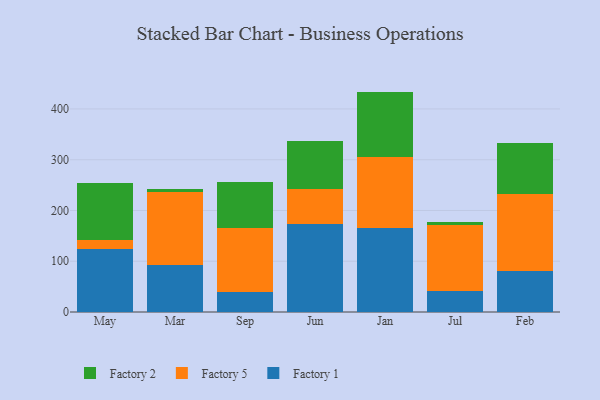
{"axis": {"x": "Month", "y": "Headcount"}, "legend": ["Factory 1", "Factory 2", "Factory 5"], "data": [{"x": "May", "y": 124.8, "type": "Factory 1"}, {"x": "May", "y": 17.9, "type": "Factory 5"}, {"x": "May", "y": 111.1, "type": "Factory 2"}, {"x": "Mar", "y": 93.2, "type": "Factory 1"}, {"x": "Mar", "y": 142.4, "type": "Factory 5"}, {"x": "Mar", "y": 6.7, "type": "Factory 2"}, {"x": "Sep", "y": 39.8, "type": "Factory 1"}, {"x": "Sep", "y": 126.5, "type": "Factory 5"}, {"x": "Sep", "y": 89.9, "type": "Factory 2"}, {"x": "Jun", "y": 173.4, "type": "Factory 1"}, {"x": "Jun", "y": 68.6, "type": "Factory 5"}, {"x": "Jun", "y": 95.1, "type": "Factory 2"}, {"x": "Jan", "y": 164.9, "type": "Factory 1"}, {"x": "Jan", "y": 139.7, "type": "Factory 5"}, {"x": "Jan", "y": 129.6, "type": "Factory 2"}, {"x": "Jul", "y": 42.1, "type": "Factory 1"}, {"x": "Jul", "y": 129.6, "type": "Factory 5"}, {"x": "Jul", "y": 6.0, "type": "Factory 2"}, {"x": "Feb", "y": 80.1, "type": "Factory 1"}, {"x": "Feb", "y": 152.2, "type": "Factory 5"}, {"x": "Feb", "y": 100.8, "type": "Factory 2"}]}